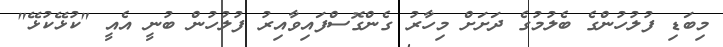
މިބަޑި ފުލުހުންގެ ބެލުމުގެ ދަށަށް މިހާރު ގެންގޮސްފައިވާއިރު ފުލުހުން ބުނީ އެއީ "ކުޅޭކުޅޭ"